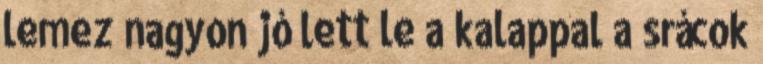
lemez nagyon jó lett le a kalappal a srácok